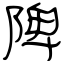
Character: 陴